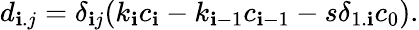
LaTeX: d_{\mathbf{i}.j}=\delta_{\mathbf{i}j}(k_{\mathbf{i}}c_{\mathbf{i}}-k_{\mathbf{i}-1}c_{\mathbf{i}-1}-s\delta_{1.\mathbf{i}}c_{0}).